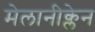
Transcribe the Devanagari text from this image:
मेलानीक्लेन